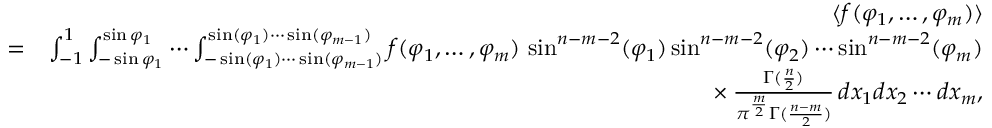
\begin{array} { r l r } & { } & { \langle f ( \varphi _ { 1 } , \ldots , \varphi _ { m } ) \rangle } \\ & { = } & { \int _ { - 1 } ^ { 1 } \int _ { - \sin \varphi _ { 1 } } ^ { \sin \varphi _ { 1 } } \cdots \int _ { - \sin ( \varphi _ { 1 } ) \cdots \sin ( \varphi _ { m - 1 } ) } ^ { \sin ( \varphi _ { 1 } ) \cdots \sin ( \varphi _ { m - 1 } ) } f ( \varphi _ { 1 } , \ldots , \varphi _ { m } ) \, \sin ^ { n - m - 2 } ( \varphi _ { 1 } ) \sin ^ { n - m - 2 } ( \varphi _ { 2 } ) \cdots \sin ^ { n - m - 2 } ( \varphi _ { m } ) } \\ & { } & { \phantom { \int _ { - 1 } ^ { 1 } \int _ { - \sin \varphi _ { 1 } } ^ { \sin \varphi _ { 1 } } \cdots \int _ { - \sin ( \varphi _ { 1 } ) \cdots \sin ( \varphi _ { m - 1 } ) } ^ { \sin ( \varphi _ { 1 } ) \cdots \sin ( \varphi _ { m - 1 } ) } } \times \frac { \Gamma ( \frac { n } { 2 } ) } { \pi ^ { \frac { m } { 2 } } \Gamma ( \frac { n - m } { 2 } ) } \, d x _ { 1 } d x _ { 2 } \cdots d x _ { m } , } \end{array}